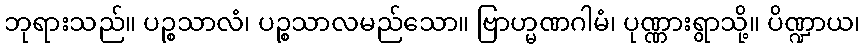
ဘုရားသည်။ ပဉ္စသာလံ၊ ပဉ္စသာလမည်သော။ ဗြာဟ္မဏဂါမံ၊ ပုဏ္ဏားရွာသို့။ ပိဏ္ဍာယ၊